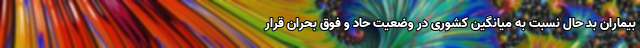
بیماران بد حال نسبت به میانگین کشوری در وضعیت حاد و فوق بحران قرار